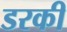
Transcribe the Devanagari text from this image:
डरकी